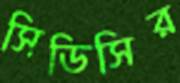
সিডিসির